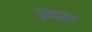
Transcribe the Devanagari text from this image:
उमरू